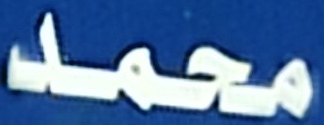
محمد